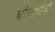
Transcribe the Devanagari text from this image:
चौघड्यांची